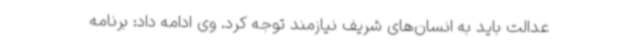
عدالت باید به انسان‌های شریف نیازمند توجه کرد. وی ادامه داد: برنامه